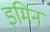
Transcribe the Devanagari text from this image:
इमिन